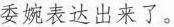
委婉表达出来了。